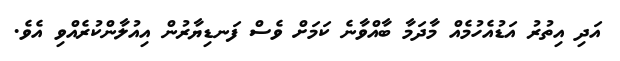
އަދި އިތުރު އަޑުއެހުމެއް މާދަމާ ބާއްވާނެ ކަމަށް ވެސް ފަނޑިޔާރުން އިއުލާންކުރެއްވި އެވެ.